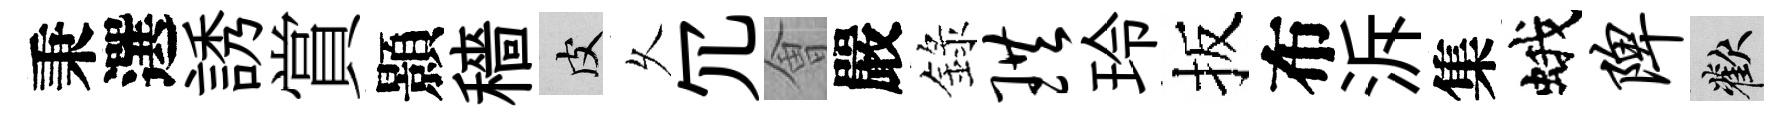
秉選誘賞顥穡皮乆冗㑹嚴錄珙玲扳布泝集蛾陴歡